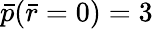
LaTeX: \bar{p}(\bar{r}=0)=3